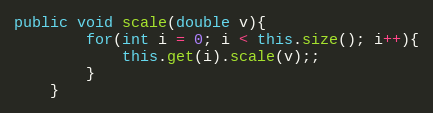
Language: Java
public void scale(double v){
		for(int i = 0; i < this.size(); i++){
			this.get(i).scale(v);;
		}
	}